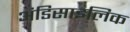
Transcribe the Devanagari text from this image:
अंडिसाइलिक